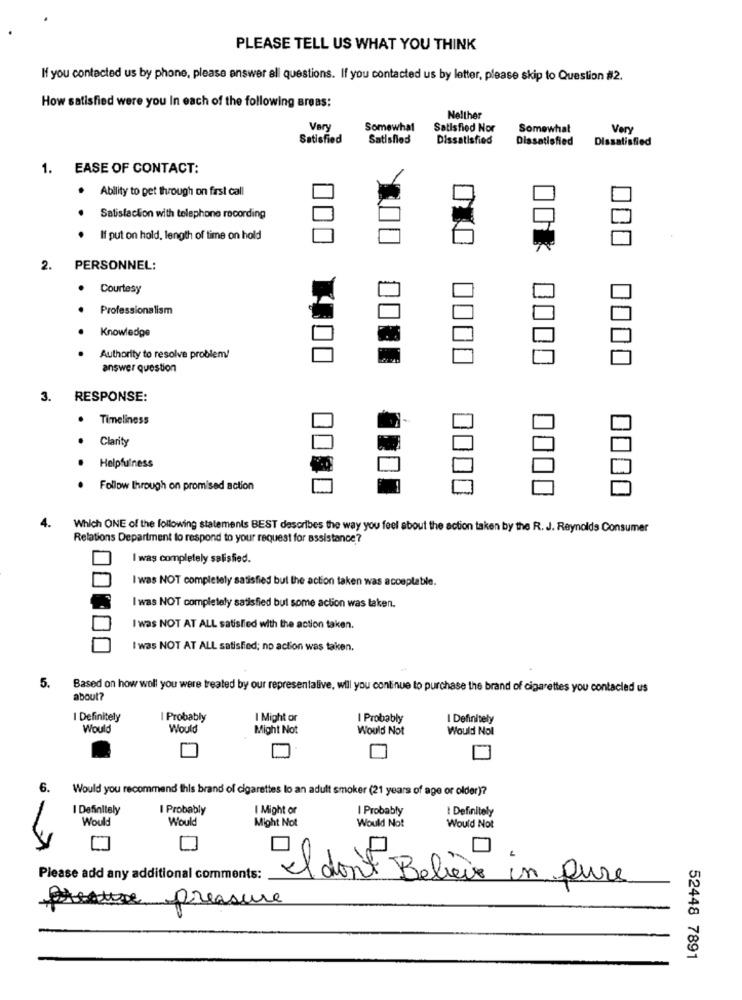
PLEASE TELL US WHAT YOU THINK
If you contacted us by phone, please answer all questions. If you contacted us by letter, please skip to Question #2.
How satisfied were you In each of the following areas:
Nelther
Vary
Somewhat
Satisfied Nor
Somewhat
Very
Satisfied
Satisfied
Dissatisfied
Dissatisfied
Dissatisfied
1. EASE OF CONTACT:
.
Ability to pet through on first call
Satisfaction with telephone recording
If put on hold, length of time on hold
2.
PERSONNEL:
· Courtesy
Professionalism
Knowledge
Authority to resolve problem!
answer question
0000
3. RESPONSE:
.
Timeliness
.
Clarity
Helpfulness
Follow through on promised action
Which ONE of the following statements BEST describes the way you feel about the action taken by the R. J. Reynolds Consumer
Relations Department to respond to your request for assistance?
I was completely salisfied.
I was NOT completely satisfied bul the action taken was acceptable.
I was NOT completely satisfied but some action was taken.
I was NOT AT ALL satisfied with the action taken.
I was NOT AT ALL satisfied; no action was taken.
5. Based on how woll you were treated by our representalive, will you continue to purchase the brand of cigarettes you contacled us
about?
I Definitely
I Probably
I Might or
I Probably
I Definitely
Would
Would
Might Not
Would Not
Would Nol
6.
Would you recommend this brand of cigarettes lo an adult smoker (21 years of age or older)?
I Definitely
I Probably
I Might or
I Probably
I Definitely
Would
Would
Might Not
Would Not
Would Not
Please add any additional comments:
"I don't Believe in pure
pressure
52448 7891